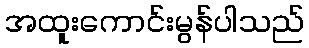
အထူးကောင်းမွန်ပါသည်